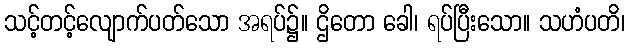
သင့်တင့်လျောက်ပတ်သော အရပ်၌။ ဌိတော ခေါ၊ ရပ်ပြီးသော။ သဟံပတိ၊